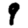
Digit: 9